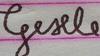
Signature authenticity: forged